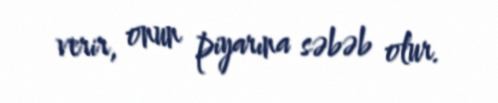
verir, onun piyarına səbəb olur.